Report on enteric fever
Disease focus: Fever
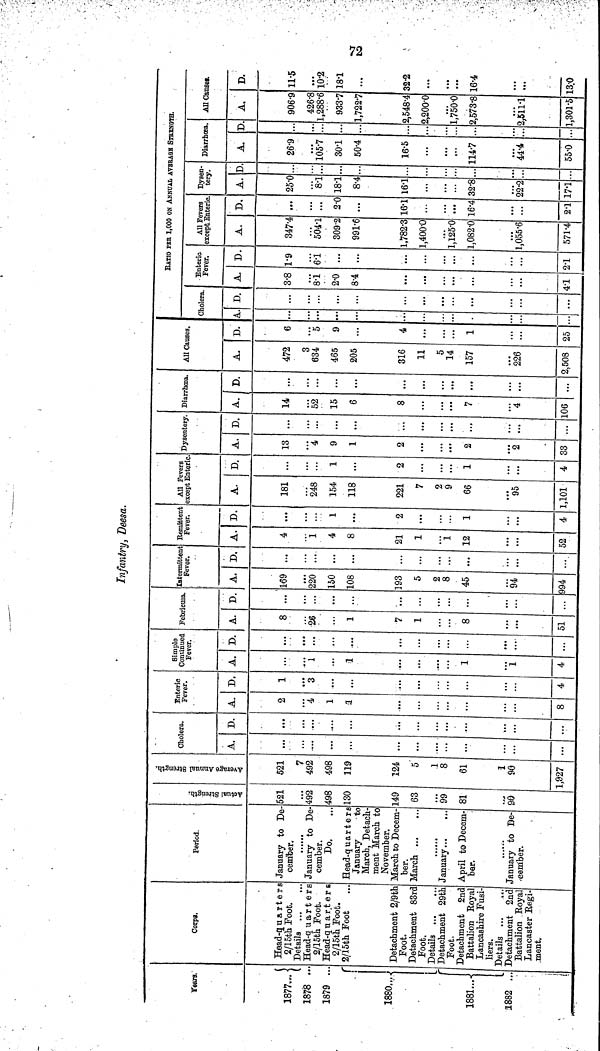
72
Infantry, Deesa.
Years.
1877...
1878 ..
1879 ..
1880....
1881...-
1882 ...
Corps.
Head-quarter
2/15th Foot.
Details
Head-quarters
2/15th Foot.
Head-quarters
2/15th Foot.
2/15th Foot
Detachment 2/9th
Foot.
Detachment 83rc
Foot.
Details
Detachment 29th
Foot.
Detachment 2nc
Battalion Roya
Lancashire Fusi-
liers.
Details ...
...
Detachment 2nd
Battalion Royal
Lancaster Regi-
ment.
Period.
January to De
cember.
January to De
cember.
Do.
Head-quarters
January
to
March, Detach
ment March to
November.
March to Decem-
ber.
March
January
April to Decem-
ber.
......
January to De-
cember.
Actual Strength.
521
...
492
498
130
149
63
...
99
81
90
Average Annual Strength.
521
7
492
498
119
124
5
1
8
61
1
90
1,927
Cholera.
A,
...
...
...
D.
...
...
....
...
Enteric
Fever.
A.
2
4
1
1
8
D.
1
3
4
Simple
Continued
Fever.
A.
...
1
1
1
1
4
D.
...
...
...
Febricula.
A.
8
26
1
7
1
8
51
D.
...
...
...
...
...
Intermittent
Fever.
A.
169
220
150
108
193
5
2
8
45
94
994
D,
...
...
...
...
...
...
...
...
Remittent
Fever.
A.
4
1
4
8
21
1
...
1
12
52
D.
...
1
2
...
...
...
1
4
All Fevers
except Enteric
A.
181
248
154
118
221
7
2
9
66
95
1,101
D.
...
1
2
1
4
Dysentery.
A.
13
4
9
1
2
2
2
33
D.
...
...
...
...
...
Diarrhœa.
A.
14
52
15
6
8
7
4
106
D.
.,,
...
...
...
...
All Causes.
A.
472
3
634
465
205
316
11
5
14
157
226
2,508
D.
6
5
9
4
1
25
RATIO PER 1,000 ON ANNUAL AVERAGE STRENGTH.
Cholera.
A.
...
...
D.
...
Enteric-
Fever.
A.
3.8
8.1
2.0
8.4
41
D.
1.9
6.1
...
21
All Fevers
except. Enteric.
A.
347.4
504.1
309.2
991.6
1,782.3
1,400.0
1,125.0
1,082.0
1,055.6
571.4
D.
...
...
2.0
16.1
16.4
2.1
Dysen-
tery.
A.
25.0
8.1
18.1
8.4
16.1
32.8
22.2
17.1
D
...
...
...
Diarrhœa.
A.
26.9
105.7
30.1
50.4
16.5
114.7
44.4
55.0
D
...
...
...
...
All Causes.
A.
906.9
426.8
1,288.6
933.7
1,722.7
2,548.4
2,200.0
1,750.0
2,573.8
2,511.1
1,301.5
D.
11.5
...
10.2
18.1
32.2
...
...
16.4
13.0